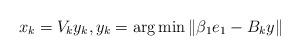
LaTeX: \begin{align*}x_{k}=V_{k}y_{k},y_k = \arg \min\|\beta_{1}e_{1}-B_{k}y\|\end{align*}